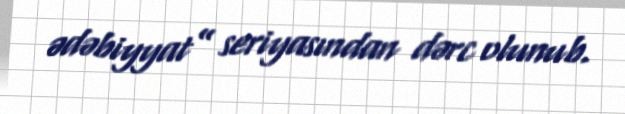
ədəbiyyat” seriyasından dərc olunub.